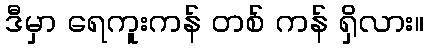
ဒီမှာ ရေကူးကန် တစ် ကန် ရှိလား။